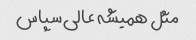
مثل همیشه عالی سپاس